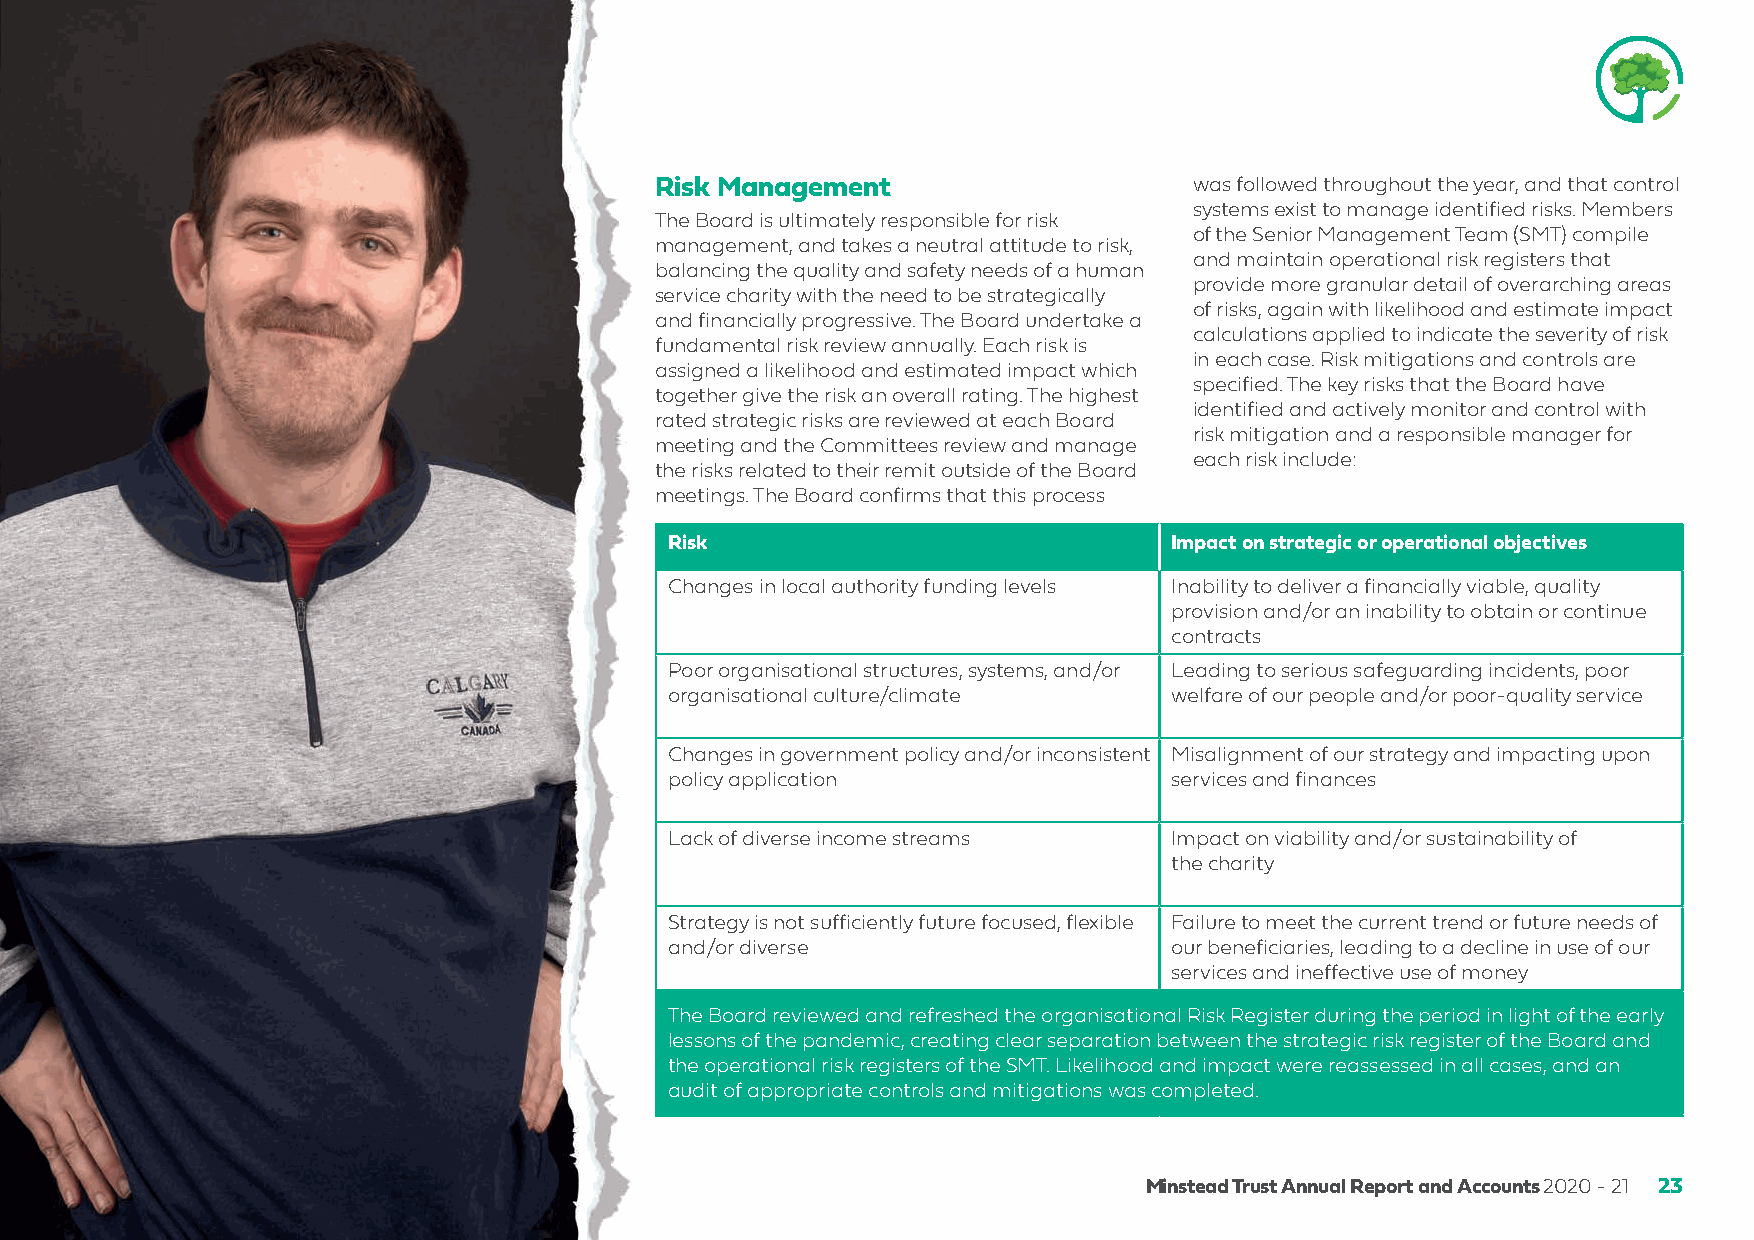
Risk Management                     was followed throughout the year, and that control
 systems exist to manage identified risks. Members
 The Board is ultimately responsible for risk
 of the Senior Management Team (SMT) compile
 management, and takes a neutral attitude to risk,
 and maintain operational risk registers that
 balancing the quality and safety needs of a human
 provide more granular detail of overarching areas
 service charity with the need to be strategically
 of risks, again with likelihood and estimate impact
 and financially progressive. The Board undertake a
 calculations applied to indicate the severity of risk
 fundamental risk review annually. Each risk is
 in each case. Risk mitigations and controls are
 assigned a likelihood and estimated impact which
 specified. The key risks that the Board have
 together give the risk an overall rating. The highest
 identified and actively monitor and control with
 rated strategic risks are reviewed at each Board
 risk mitigation and a responsible manager for
 meeting and the Committees review and manage
 each risk include:
 the risks related to their remit outside of the Board
 meetings. The Board confirms that this process
 Risk                             Impact on strategic or operational objectives
 Changes in local authority funding levels Inability to deliver a financially viable, quality
 provision and/or an inability to obtain or continue
 contracts
 Poor organisational structures, systems, and/or Leading to serious safeguarding incidents, poor
 organisational culture/climate   welfare of our people and/or poor-quality service
 Changes in government policy and/or inconsistent Misalignment of our strategy and impacting upon
 policy application               services and finances
 Lack of diverse income streams   Impact on viability and/or sustainability of
 the charity
 Strategy is not sufficiently future focused, flexible Failure to meet the current trend or future needs of
 and/or diverse                   our beneficiaries, leading to a decline in use of our
 services and ineffective use of money
 The Board reviewed and refreshed the organisational Risk Register during the period in light of the early
 lessons of the pandemic, creating clear separation between the strategic risk register of the Board and
 the operational risk registers of the SMT. Likelihood and impact were reassessed in all cases, and an
 audit of appropriate controls and mitigations was completed.
 Minstead Trust Annual Report and Accounts 2020 - 21 23